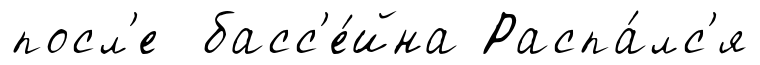
посл'е басс'е́йна Распа́лс'я